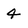
Character: 4